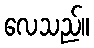
လေသည်။